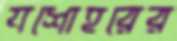
যশোহরের